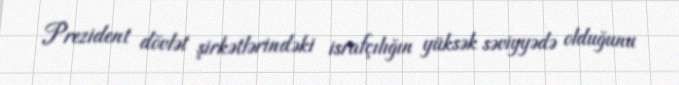
Prezident dövlət şirkətlərindəki israfçılığın yüksək səviyyədə olduğunu